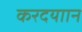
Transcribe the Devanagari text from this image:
करदयाान